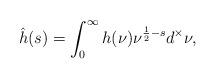
LaTeX: \begin{align*}\hat{h}(s)=\int_0^\infty h(\nu)\nu ^{\frac12-s}d^\times\nu,\end{align*}